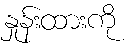
နှုန်းထားကို